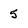
Character: 5